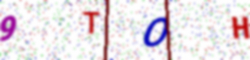
Text: 9TOH